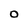
Character: O